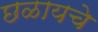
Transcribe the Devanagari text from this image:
छळायचे